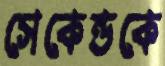
সেকেন্ডকে